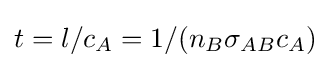
t=l/c_{A}=1/(n_{B}\sigma _{AB}c_{A})